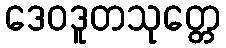
ဒေဝဒူတသုတ္တေ